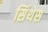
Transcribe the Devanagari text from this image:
सिंथेस